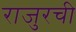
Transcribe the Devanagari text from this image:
राजुरची